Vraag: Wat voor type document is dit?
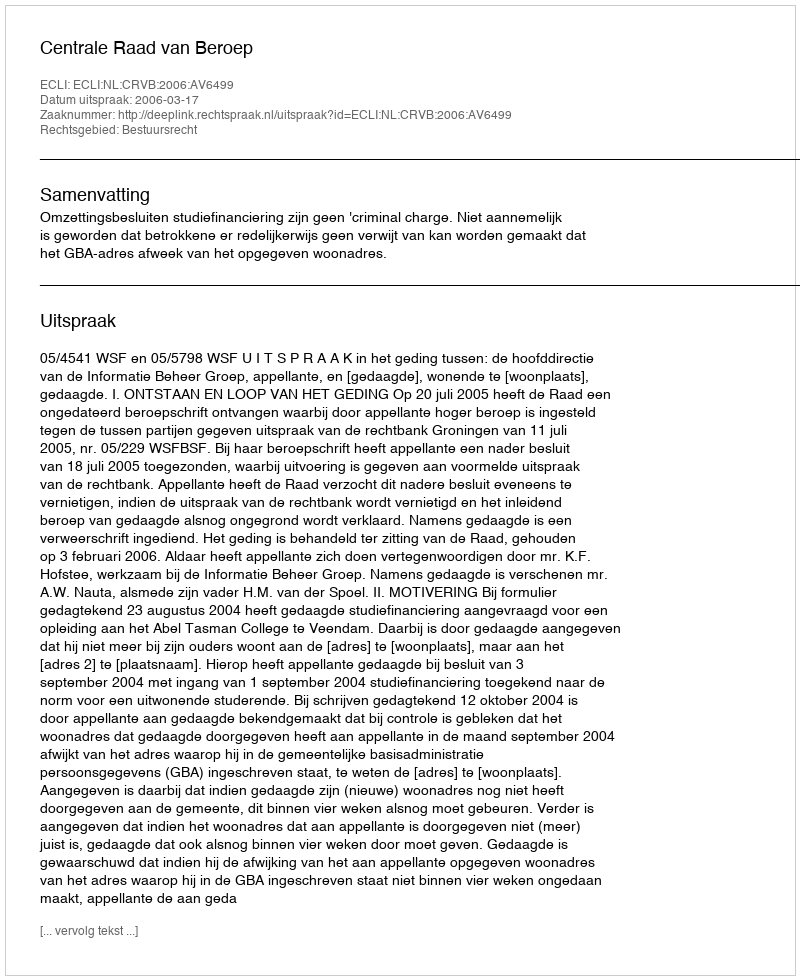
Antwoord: Uitspraak